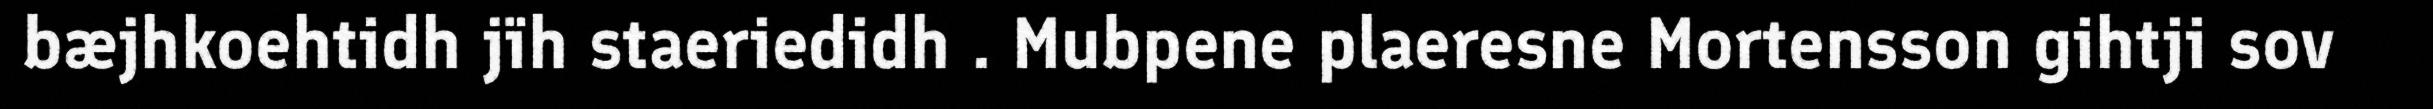
bæjhkoehtidh jïh staeriedidh . Mubpene plaeresne Mortensson gihtji sov